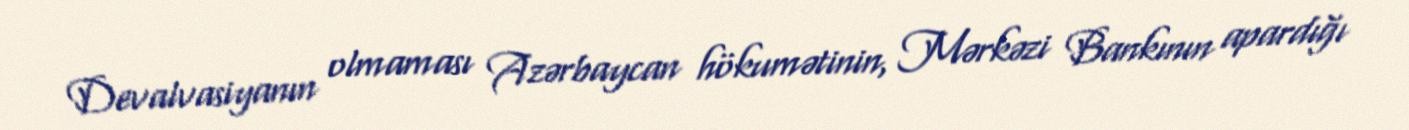
Devalvasiyanın olmaması Azərbaycan hökumətinin, Mərkəzi Bankının apardığı